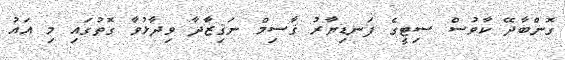
ގޮންބާދޭ ކާވުސް ސިޓީގެ ފަނޑިޔާރު ޤާސިމް ނަޤިޒާދާ ވިދާޅުވާ ގޮތުގައި މި އައު